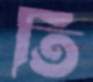
তি